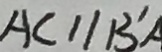
A C / / B ^ { \prime } A